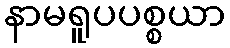
နာမရူပပစ္စယာ